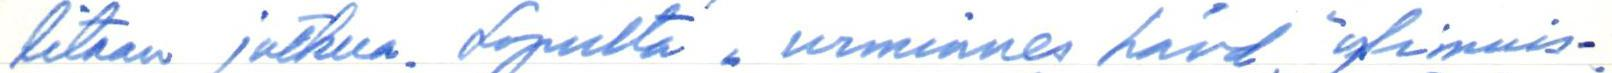
litaan jatkua. Lopulta "urminnes hävd", ylimuis-